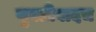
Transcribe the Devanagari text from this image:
युक्तीवादच